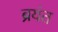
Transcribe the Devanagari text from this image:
ब्रयंत